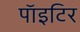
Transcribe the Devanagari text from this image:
पाॅइटिर